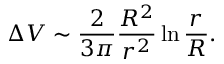
\Delta V \sim \frac { 2 } { 3 \pi } \frac { R ^ { 2 } } { r ^ { 2 } } \ln \frac { r } { R } .